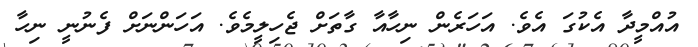
އުއްމީދާ އެކުގަ އެވެ. އަހަރެން ނިހާއާ ގާތަށް ޖެހިލީމެވެ. އަހަންނަށް ފެނުނީ ނިހާ